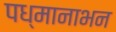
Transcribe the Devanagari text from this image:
पध्मानाभन